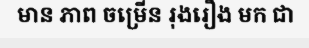
មាន ភាព ចម្រើន រុងរឿង មក ជា